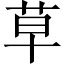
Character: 草